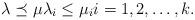
LaTeX: \begin{align*}\lambda \preceq \mu \lambda_i\leq \mu_i i=1,2,\dots,k.\end{align*}